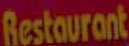
Restaurant